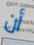
أن